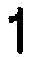
1